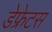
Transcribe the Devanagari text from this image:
डेफ्रेटस